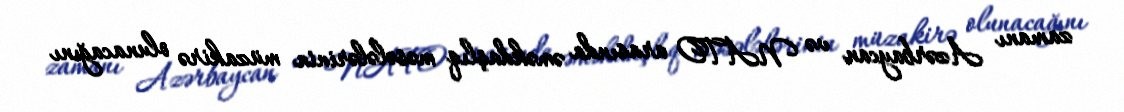
zamanı Azərbaycan və NATO arasında əməkdaşlıq məsələlərinin müzakirə olunacağını